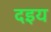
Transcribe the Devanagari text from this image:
दइय